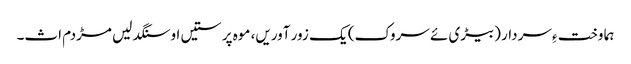
ہما وخت ءِ سردار (بیڑی ئے سروک) یک زور آوریں، موہ پرستیں او سنگدلیں مڑدم اث۔